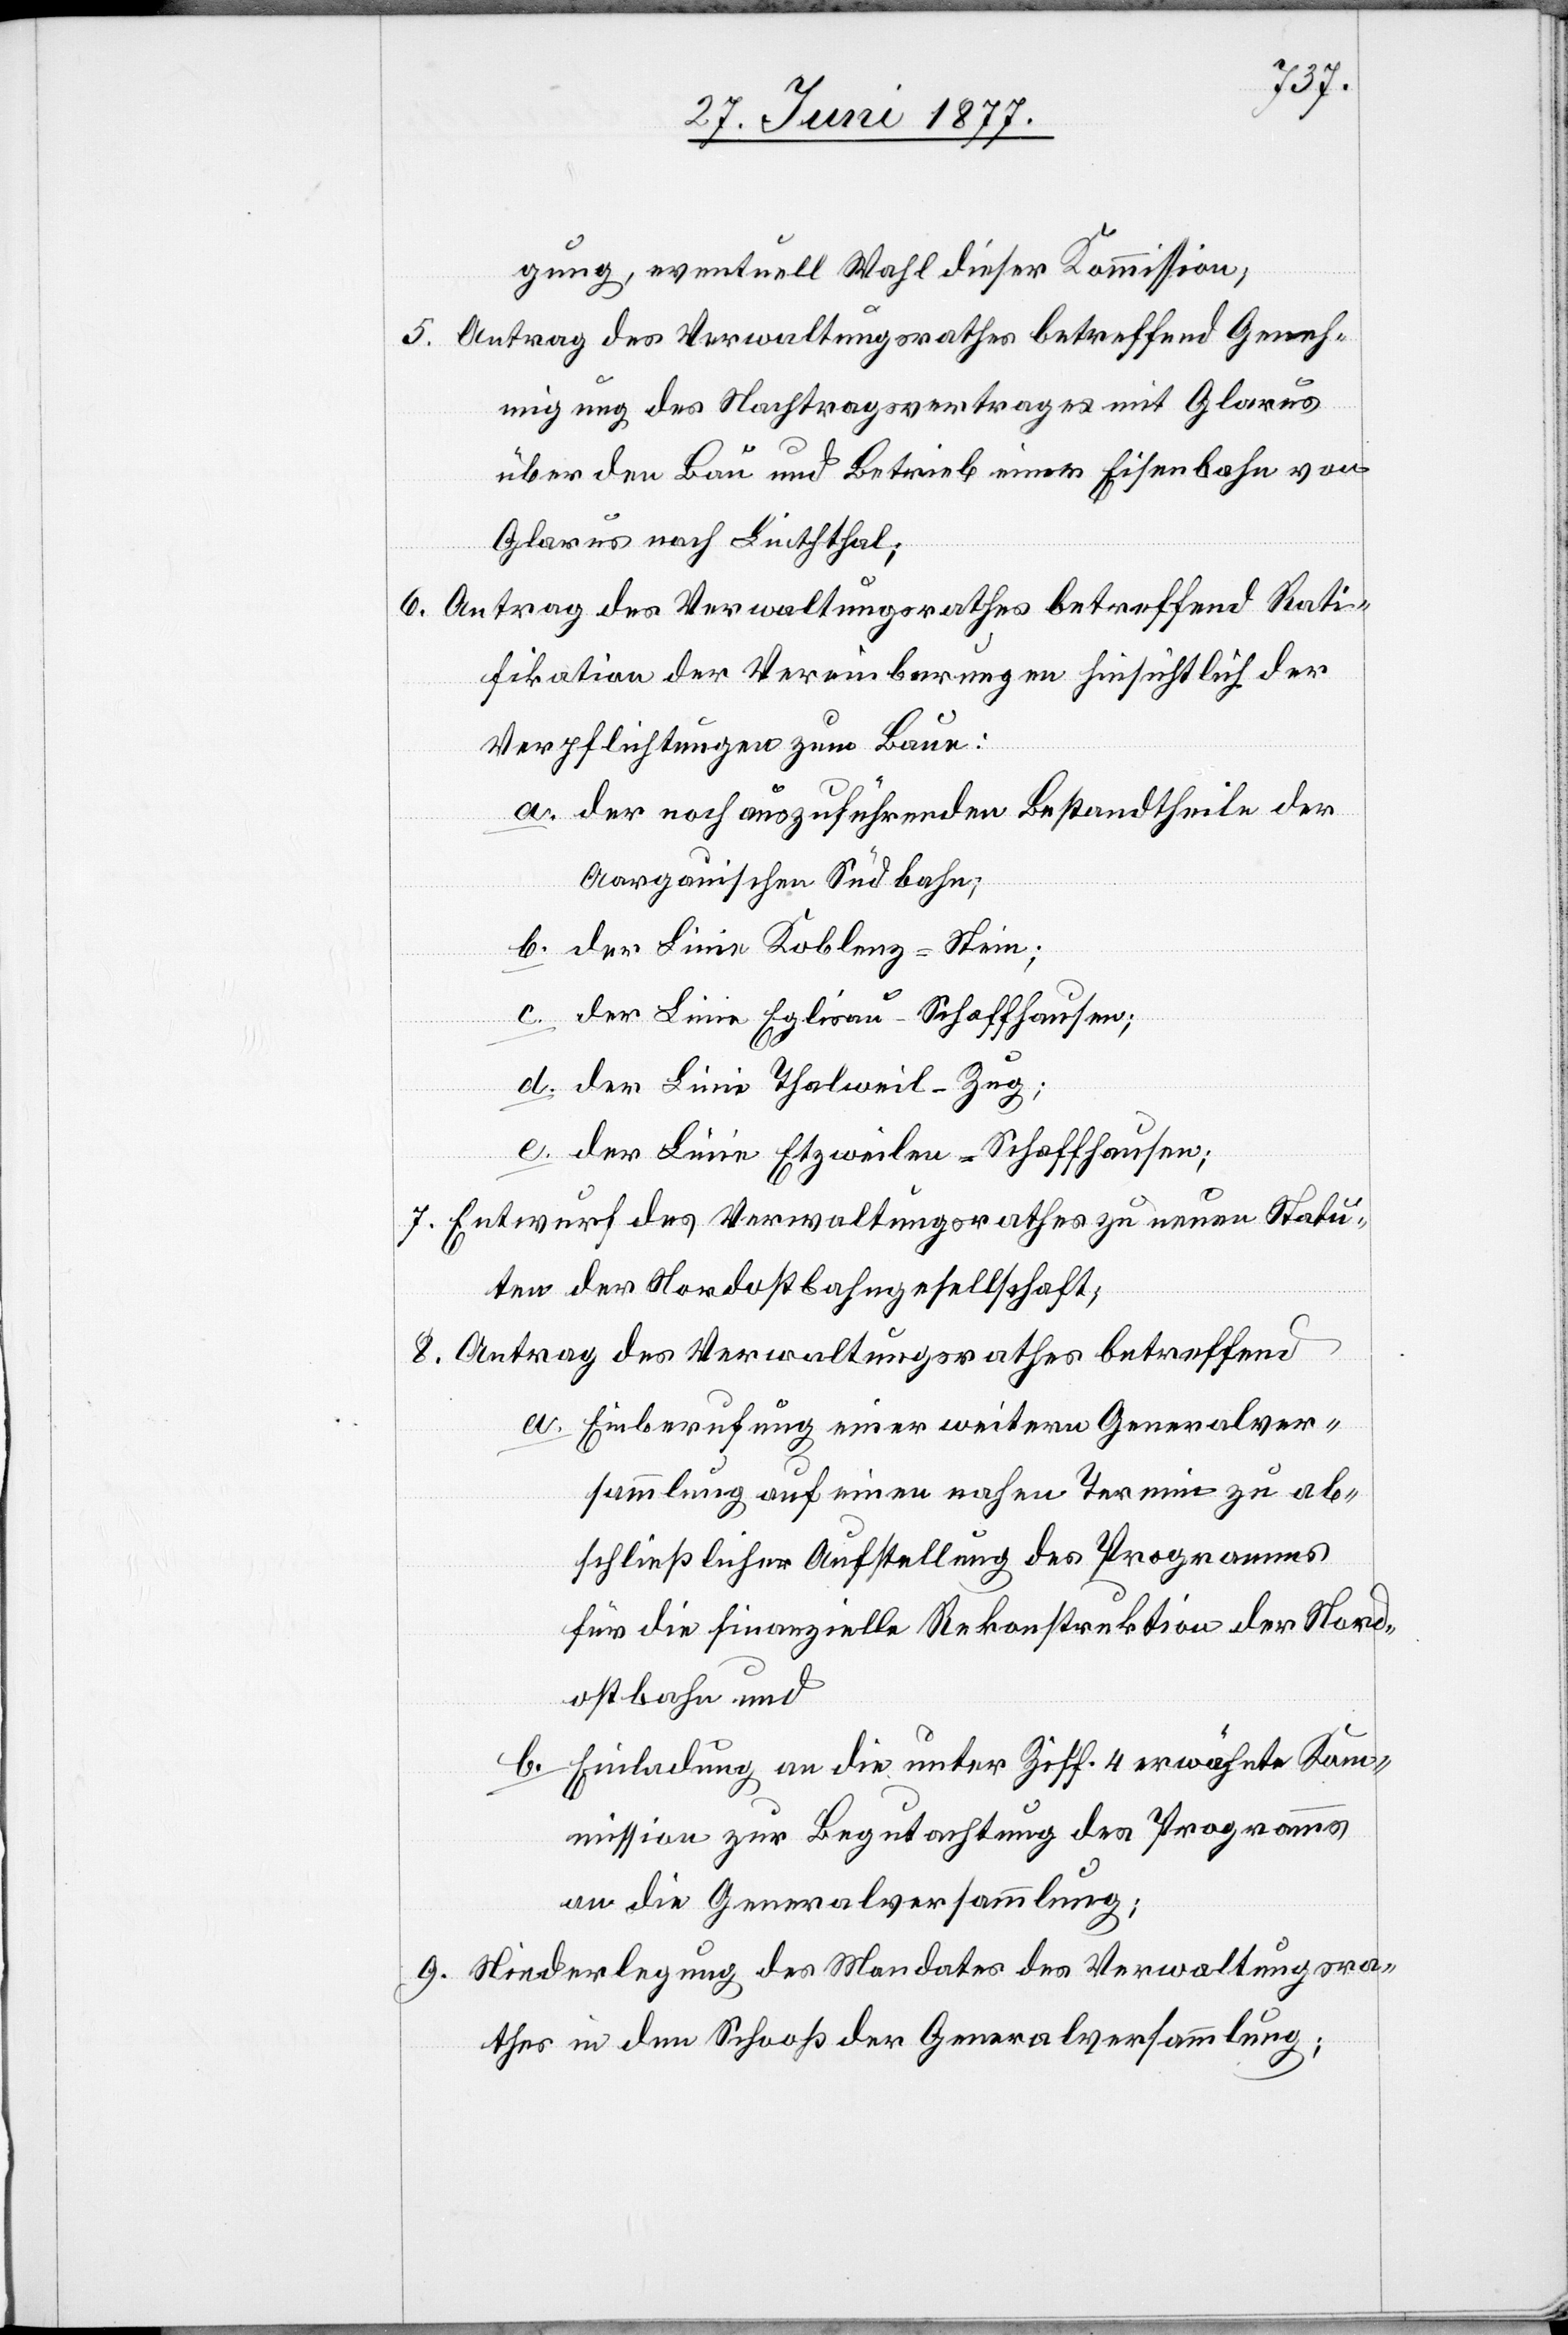
gung, eventuell Wahl dieser Kommission;
5. Antrag des Verwaltungsrathes betreffend Geneh¬
migung des Nachtragsvertrages mit Glarus
über den Bau und Betrieb einer Eisenbahn von
Glarus nach Linththal;
6. Antrag des Verwaltungsrathes betreffend Rati¬
fikation der Vereinbarungen hinsichtlich der
Verpflichtungen zum Bau:
a. der noch auszuführenden Bestandtheile der
Aargauischen Südbahn;
b. der Linie Koblenz–Stein;
c. der Linie Eglisau–Schaffhausen;
d. der Linie Thalweil–Zug;
e. der Linie Etzweilen–Schaffhausen;
7. Entwurf des Verwaltungsrathes zu neuen Statu¬
ten der Nordostbahngesellschaft;
8. Antrag des Verwaltungsrathes betreffend
a. Einberufung einer weitern Generalver¬
sammlung auf einen nahen Termin zu ab¬
schließlicher Aufstellung des Programmes
für die finanzielle Rekonstruktion der Nord¬
ostbahn und
b. Einladung an die unter Ziff. 4 erwähnte Kom¬
mission zur Begutachtung des Programms
an die Generalversammlung;
9. Niederlegung des Mandates des Verwaltungsra¬
thes in den Schooß der Generalversammlung;